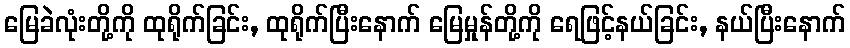
မြေခဲလုံးတို့ကို ထုရိုက်ခြင်း, ထုရိုက်ပြီးနောက် မြေမှုန်တို့ကို ရေဖြင့်နယ်ခြင်း, နယ်ပြီးနောက်